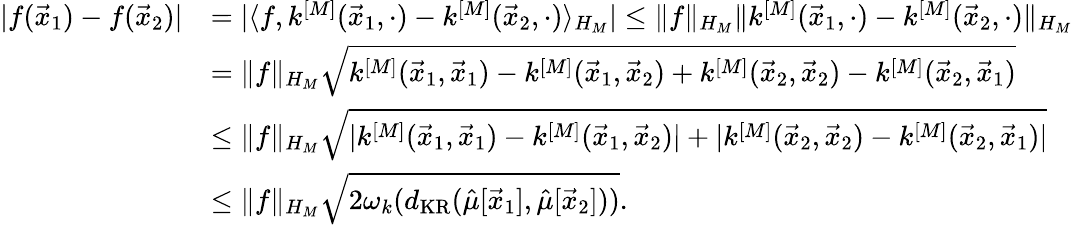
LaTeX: \begin{array}{rl}{|f(\vec{x}_{1})-f(\vec{x}_{2})|}&{=|\langle f,k^{[M]}(\vec{x}_{1},\cdot)-k^{[M]}(\vec{x}_{2},\cdot)\rangle_{H_{M}}|\leq\| f\| _{H_{M}}\| k^{[M]}(\vec{x}_{1},\cdot)-k^{[M]}(\vec{x}_{2},\cdot)\| _{H_{M}}}\\ &{=\| f\| _{H_{M}}\sqrt{k^{[M]}(\vec{x}_{1},\vec{x}_{1})-k^{[M]}(\vec{x}_{1},\vec{x}_{2})+k^{[M]}(\vec{x}_{2},\vec{x}_{2})-k^{[M]}(\vec{x}_{2},\vec{x}_{1})}}\\ &{\leq\| f\| _{H_{M}}\sqrt{|k^{[M]}(\vec{x}_{1},\vec{x}_{1})-k^{[M]}(\vec{x}_{1},\vec{x}_{2})|+|k^{[M]}(\vec{x}_{2},\vec{x}_{2})-k^{[M]}(\vec{x}_{2},\vec{x}_{1})|}}\\ &{\leq\| f\| _{H_{M}}\sqrt{2\omega_{k}(d_{\mathrm{KR}}(\hat{\mu}[\vec{x}_{1}],\hat{\mu}[\vec{x}_{2}]))}.}\end{array}